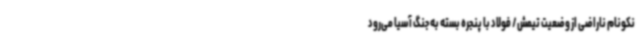
نکونام ناراضی از وضعیت تیمش/ فولاد با پنجره بسته به جنگ آسیا می‌رود